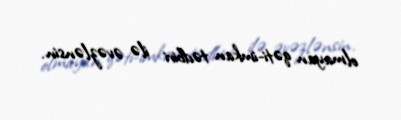
olmayan qəti-imkan tədbiri ilə əvəzlənsin.